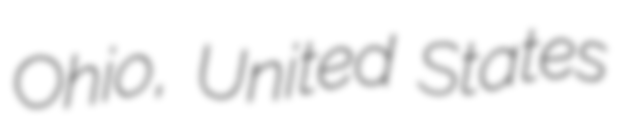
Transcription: Ohio, United States